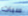
سبات